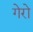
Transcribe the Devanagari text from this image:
गेरो